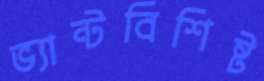
ভ্যান্টবিশিষ্ট